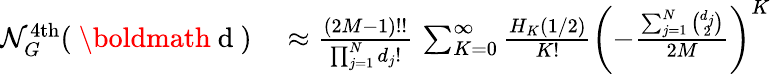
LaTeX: \begin{array}{rl}{\mathcal{N}_{G}^{\mathrm{4th}}(\mathrm{~\boldmath~d~})}&{{}\approx\frac{(2M-1)!!}{\prod_{j=1}^{N}d_{j}!}\, \sum_{K=0}^{\infty}\frac{H_{K}\left(1/2\right)}{K!}\left(-\frac{\sum_{j=1}^{N}\binom{d_{j}}{2}}{2M}\right)^{K}}\end{array}